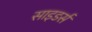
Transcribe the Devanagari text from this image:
साइडर्स